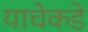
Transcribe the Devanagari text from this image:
याचेकडे